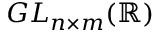
G L _ { n \times m } ( \mathbb { R } )